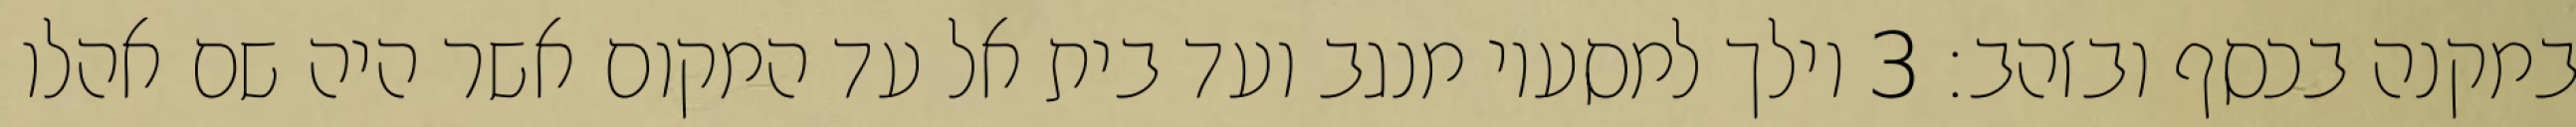
במקנה בכסף ובזהב׃ ‎3‏ וילך למסעיו מנגב ועד בית אל עד המקום אשר היה שם אהלו